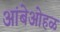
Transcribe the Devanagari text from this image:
आंबेओहळ